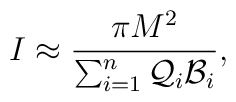
I\approx {\pi M^2\over \sum_{i=1}^n {\cal Q}_i {\cal B}_i},